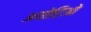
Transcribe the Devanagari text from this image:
अयोरिओ